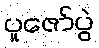
ပူဇော်ပွဲ